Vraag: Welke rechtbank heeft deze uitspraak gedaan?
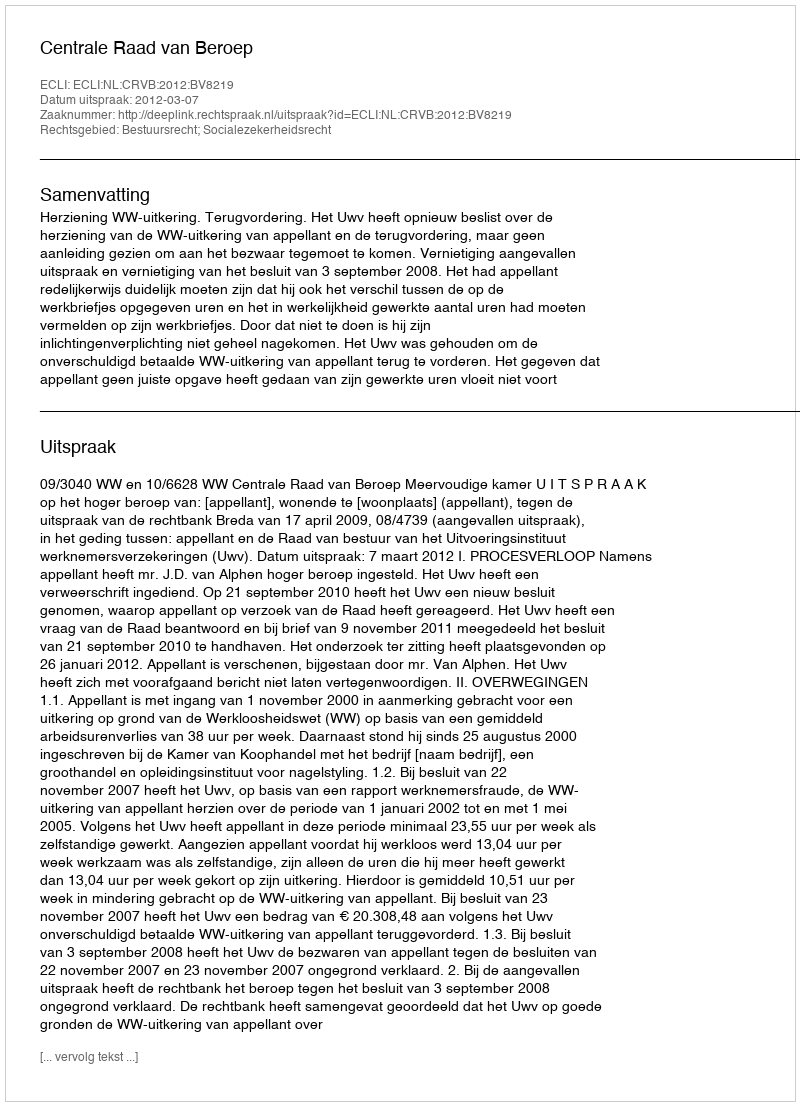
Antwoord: Centrale Raad van Beroep